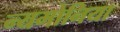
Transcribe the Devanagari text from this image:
न्यमोनिया